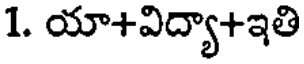
1. యా+విద్యా+ఇతి